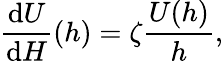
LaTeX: {\frac{\mathrm{d}U}{\mathrm{d}H}}(h)=\zeta{\frac{U(h)}{h}},